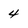
Character: 4